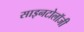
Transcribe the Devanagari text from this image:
साइनटोलॉजी